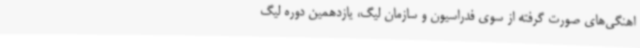
اهنگی‌های صورت گرفته از سوی فدراسیون و سازمان لیگ، یازدهمین دوره لیگ